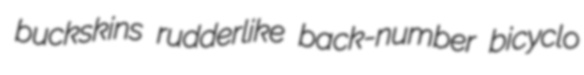
buckskins rudderlike back-number bicyclo